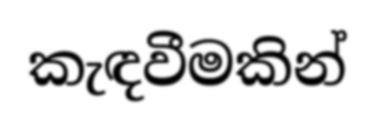
කැඳවීමකින්